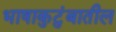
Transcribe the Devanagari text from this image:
भाषाकुटुंबातील